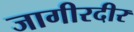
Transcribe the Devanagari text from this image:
जागीरदीर